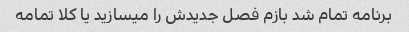
برنامه تمام شد بازم فصل جدیدش را میسازید یا کلا تمامه